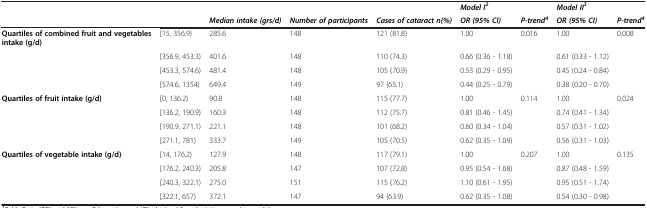
<table><thead><tr><td><b> </b></td><td><b> </b></td><td><b> </b></td><td><b> </b></td><td><b> </b></td><td><b><i>Model I</i><sup><i>2</i></sup></b></td><td><b> </b></td><td><b><i>Model II</i><sup><i>3</i></sup></b></td><td><b> </b></td></tr><tr><td><b> </b></td><td><b> </b></td><td><b><i>Median intake (grs/d)</i></b></td><td><b><i>Number of participants</i></b></td><td><b><i>Cases of cataract n(%)</i></b></td><td><b><i>OR (95% CI)</i></b></td><td><b><i>P-trend</i><sup><i>4</i></sup></b></td><td><b><i>OR (95% CI)</i></b></td><td><b><i>P-trend</i><sup><i>4</i></sup></b></td></tr></thead><tbody><tr><td><b>Quartiles of combined fruit and vegetables intake (g/d)</b></td><td>[15, 356.9)</td><td>285.6</td><td>148</td><td>121 (81.8)</td><td>1.00</td><td>0.016</td><td>1.00</td><td>0.008</td></tr><tr><td> </td><td>[356.9, 453.3)</td><td>401.6</td><td>148</td><td>110 (74.3)</td><td>0.66 (0.36 - 1.18)</td><td> </td><td>0.61 (0.33 - 1.12)</td><td> </td></tr><tr><td> </td><td>[453.3, 574.6)</td><td>481.4</td><td>148</td><td>105 (70.9)</td><td>0.53 (0.29 - 0.95)</td><td> </td><td>0.45 (0.24 - 0.84)</td><td> </td></tr><tr><td> </td><td>[574.6, 1354)</td><td>649.4</td><td>149</td><td>97 (65.1)</td><td>0.44 (0.25 - 0.79)</td><td> </td><td>0.38 (0.20 - 0.70)</td><td> </td></tr><tr><td><b>Quartiles of fruit intake (g/d)</b></td><td>[0, 136.2)</td><td>90.8</td><td>148</td><td>115 (77.7)</td><td>1.00</td><td>0.114</td><td>1.00</td><td>0.024</td></tr><tr><td> </td><td>[136.2, 190.9)</td><td>160.3</td><td>148</td><td>112 (75.7)</td><td>0.81 (0.46 - 1.45)</td><td> </td><td>0.74 (0.41 - 1.34)</td><td> </td></tr><tr><td> </td><td>[190.9, 271.1)</td><td>221.1</td><td>148</td><td>101 (68.2)</td><td>0.60 (0.34 - 1.04)</td><td> </td><td>0.57 (0.31 - 1.02)</td><td> </td></tr><tr><td> </td><td>[271.1, 781)</td><td>333.7</td><td>149</td><td>105 (70.5)</td><td>0.62 (0.35 - 1.09)</td><td> </td><td>0.56 (0.31 - 1.03)</td><td> </td></tr><tr><td><b>Quartiles of vegetable intake (g/d)</b></td><td>[14, 176.2)</td><td>127.9</td><td>148</td><td>117 (79.1)</td><td>1.00</td><td>0.207</td><td>1.00</td><td>0.135</td></tr><tr><td> </td><td>[176.2, 240.3)</td><td>205.8</td><td>147</td><td>107 (72.8)</td><td>0.95 (0.54 - 1.68)</td><td> </td><td>0.87 (0.48 - 1.59)</td><td> </td></tr><tr><td> </td><td>[240.3, 322.1)</td><td>275.0</td><td>151</td><td>115 (76.2)</td><td>1.10 (0.61 - 1.95)</td><td> </td><td>0.95 (0.51 - 1.74)</td><td> </td></tr><tr><td> </td><td>[322.1, 657)</td><td>372.1</td><td>147</td><td>94 (63.9)</td><td>0.62 (0.35 - 1.08)</td><td> </td><td>0.54 (0.30 - 0.98)</td><td> </td></tr></tbody></table>